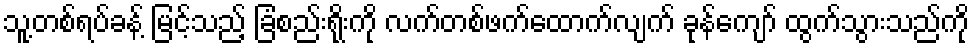
သူ့တစ်ရပ်ခန့် မြင့်သည့် ခြံစည်းရိုးကို လက်တစ်ဖက်ထောက်လျက် ခုန်ကျော် ထွက်သွားသည်ကို